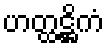
ဟတ္ထဋ္ဌိကံ